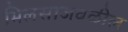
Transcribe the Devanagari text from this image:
भिलसाजवळील